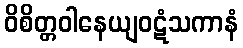
ဝိစိတ္တဝါနေယျဝဋံသကာနံ